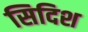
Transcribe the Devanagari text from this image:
सिदिश